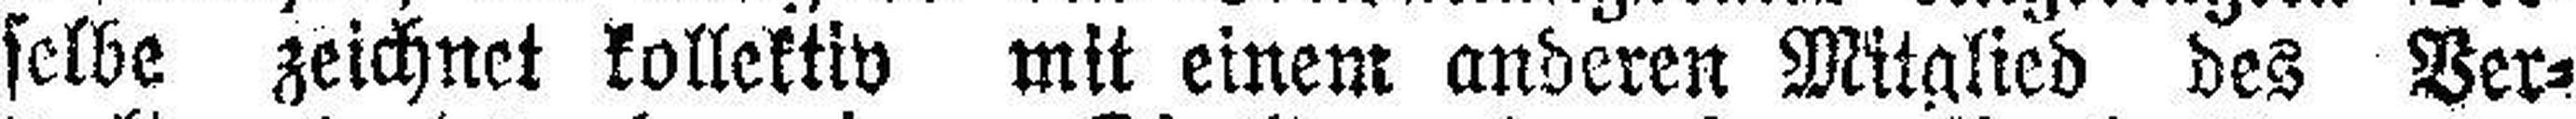
selbe zeichnet kollektiv mit einem anderen Mitglied des Ver¬